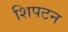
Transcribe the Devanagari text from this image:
शिपटन